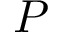
P